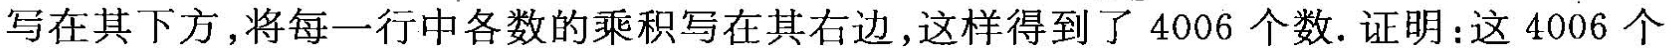
写在其下方，将每一行中各数的乘积写在其右边，这样得到了4006个数。证明：这4006个